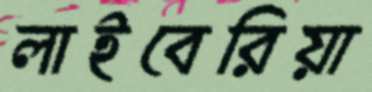
লাইবেরিয়া